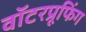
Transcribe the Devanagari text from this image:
वॉटरप्रूफिंग